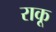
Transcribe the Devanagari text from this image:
राकू